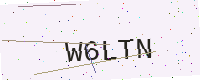
Text: W6LTN